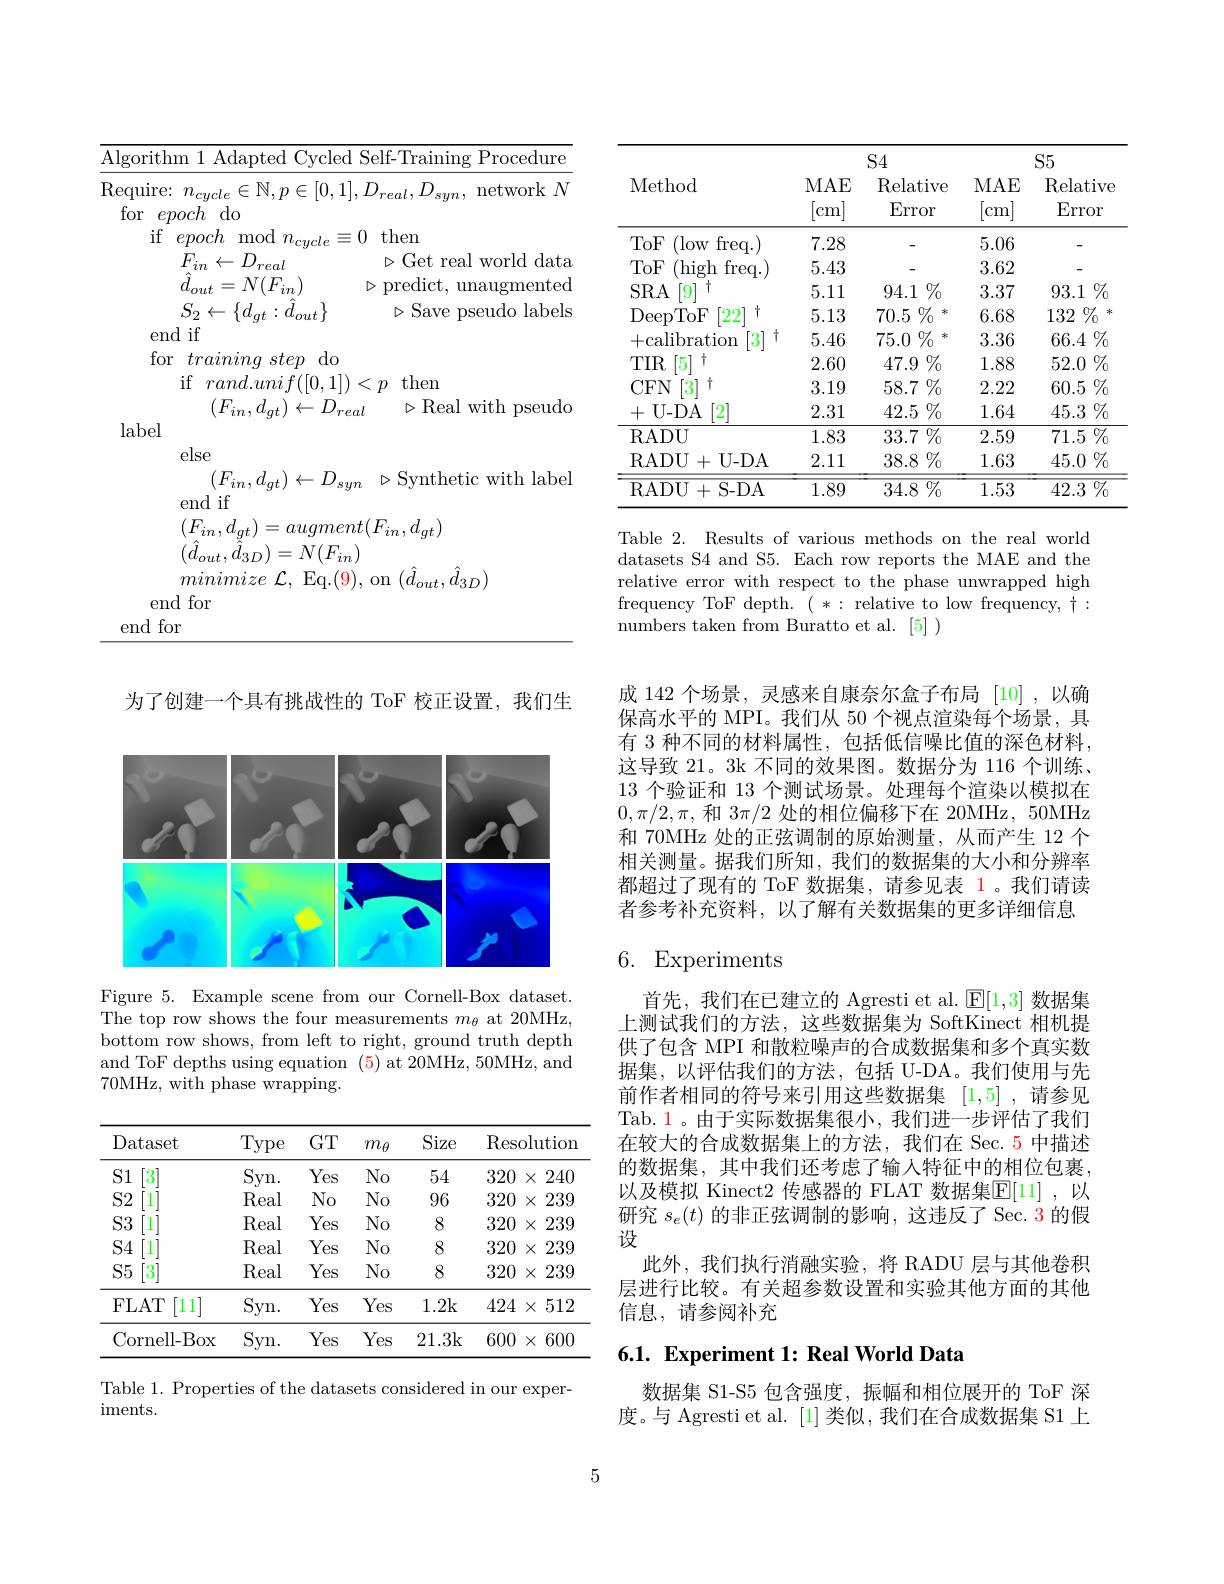
<table>
	<tbody>
		<tr>
			<th rowspan="2">Method</th>
			<th colspan="2">$S4$</th>
			<th colspan="2">$S5$</th>
		</tr>
		<tr>
			<th>MAE $\begin{bmatrix}\mathrm{cm}\end{bmatrix}$</th>
			<th>$\operatorname{Relative}$ Error</th>
			<th>MAE [cm]</th>
			<th>$\operatorname{Relative}$ Error</th>
		</tr>
		<tr>
			<td>ToF (low freq. 1</td>
			<td>7.28</td>
			<td> </td>
			<td>5.06</td>
			<td>一</td>
		</tr>
		<tr>
			<td>ToF (high freq. </td>
			<td>5.43</td>
			<td> </td>
			<td>3.62</td>
			<td> </td>
		</tr>
		<tr>
			<td>SRA $[9^{\cdot}$</td>
			<td>5.11</td>
			<td>$94.1\%$</td>
			<td>3.37</td>
			<td>$93.1\%$</td>
		</tr>
		<tr>
			<td>Dee$p^{\prime }$. )ToF $[22^{\cdot}$ +</td>
			<td>5.13</td>
			<td>$70.5\%$ 未</td>
			<td>6.68</td>
			<td>$132\%$</td>
		</tr>
		<tr>
			<td>+calibration $\therefore\angle AC=\angle AC$</td>
			<td>5.46</td>
			<td>$75.0\%$ 未</td>
			<td>3.36</td>
			<td>$66.4\%$</td>
		</tr>
		<tr>
			<td>$TIR$ [5] 1</td>
			<td>2.60</td>
			<td>$47.9\%$</td>
			<td>1.88</td>
			<td>$52.0\%$</td>
		</tr>
		<tr>
			<td>CFN 3</td>
			<td>3.19</td>
			<td>$58.7\%$</td>
			<td>2.22</td>
			<td>$60.5\%$</td>
		</tr>
		<tr>
			<td>U- DA 2 十</td>
			<td>2.31</td>
			<td>$42.5\%$</td>
			<td>1.64</td>
			<td>$45.3\%$</td>
		</tr>
		<tr>
			<td>RADU</td>
			<td>1.83</td>
			<td>33.7 $\%$</td>
			<td>2.59</td>
			<td>$\overline{71.5\%}$</td>
		</tr>
		<tr>
			<td>RADU+ +U-DA</td>
			<td>2.11</td>
			<td>$38.8\%$</td>
			<td>1.63</td>
			<td>$45.0\%$</td>
		</tr>
		<tr>
			<td>RADU+S-DA</td>
			<td>1.89</td>
			<td>$\overline {34. 8}$ $\%$</td>
			<td>1.53</td>
			<td>42.3 $\%$</td>
		</tr>
	</tbody>
</table>

Table 2. Results of various methods on the real world datasets S4 and S5. Each row reports the MAE and the relative error with respect to the phase unwrapped high frequency ToF depth. (*: relative to low frequency, $\dagger:$ $\hat{\text{numbers taken from Buratto et al.}}[5])$

为了创建一个具有挑战性的 ToF 校正设置，我们生

<FigureHere>

Figure 5. Example scene from our Cornell-Box dataset. The top row shows the four measurements $m_\theta$ at 20MHz, bottom row shows, from left to right, ground truth depth and ToF depths using equation (5) at 20MHz, 50MHz, and 70MHz, with phase wrapping.

<table>
	<tbody>
		<tr>
			<th>Dataset</th>
			<th>Type</th>
			<th>$GT$</th>
			<th>$m_{\theta}$</th>
			<th>Size</th>
			<th>Res</th>
			<th>olution</th>
		</tr>
		<tr>
			<td>S1 $3^{\cdot}$</td>
			<td>Syn. </td>
			<td>Yes</td>
			<td>$No$</td>
			<td>54</td>
			<td>320</td>
			<td>240 $X$</td>
		</tr>
		<tr>
			<td>$S2$ 1</td>
			<td>Real</td>
			<td>$No$</td>
			<td>$No$</td>
			<td>96</td>
			<td>320</td>
			<td>239 $X$</td>
		</tr>
		<tr>
			<td>$S3$ 1</td>
			<td>Real</td>
			<td>Yes</td>
			<td>$No$</td>
			<td>8</td>
			<td>320</td>
			<td>239 $X$</td>
		</tr>
		<tr>
			<td>$S4$ 1</td>
			<td>Real</td>
			<td>Yes</td>
			<td>$No$</td>
			<td>8</td>
			<td>320</td>
			<td>239 $X$</td>
		</tr>
		<tr>
			<td>$S5$ $3^{\cdot}$</td>
			<td>Real</td>
			<td>Yes</td>
			<td>$No$</td>
			<td>8</td>
			<td>320</td>
			<td>239 $X$</td>
		</tr>
		<tr>
			<td>FLAT [11]</td>
			<td>Syn.</td>
			<td>Yes</td>
			<td>Yes</td>
			<td>1.2k</td>
			<td>424</td>
			<td>512 $X$</td>
		</tr>
		<tr>
			<td>Cornell-Box</td>
			<td>Syn. </td>
			<td>Yes</td>
			<td>Yes</td>
			<td>21.3k</td>
			<td>600</td>
			<td>600 $X$</td>
		</tr>
	</tbody>
</table>

Table 1. Properties of the datasets considered in our exper-
iments.

成 142 个场景，灵感来自康奈尔盒子布局[10] ,以确保高水平的 MPI。我们从 50 个视点渲染每个场景，具有 3 种不同的材料属性，包括低信噪比值的深色材料， 这导致 21。3k 不同的效果图。数据分为 116 个训练、 13 个验证和 13 个测试场景。处理每个渲染以模拟在$0,\pi/2,\pi$,和$3\pi/2$处的相位偏移下在 20MHz, 50MHz 和 70MHz 处的正弦调制的原始测量，从而产生 12 个相关测量。据我们所知，我们的数据集的大小和分辨率都超过了现有的 ToF 数据集，请参见表 1。我们请读者参考补充资料，以了解有关数据集的更多详细信息

# 6. Experiments

首先，我们在已建立的 Agresti et al. $\mathbb{E}[1,3]$数据集上测试我们的方法，这些数据集为 SoftKinect 相机提供了包含 MPI 和散粒噪声的合成数据集和多个真实数据集，以评估我们的方法，包括 U-DA。我们使用与先前作者相同的符号来引用这些数据集[1,5] ,请参见Tab. 1。由于实际数据集很小，我们进一步评估了我们在较大的合成数据集上的方法，我们在 Sec. 5 中描述的数据集，其中我们还考虑了输入特征中的相位包裹， 以及模拟 Kinect2 传感器的 FLAT 数据集$\overline{\mathbb{E}}[11]$ ,以研究$s_e(t)$的非正弦调制的影响，这违反了 Sec.3 的假设
此外，我们执行消融实验，将 RADU 层与其他卷积层进行比较。有关超参数设置和实验其他方面的其他信息，请参阅补充

# 6.1. Experiment 1: Real World Data

数据集 S1-S5 包含强度，振幅和相位展开的 ToF 深度。与 Agresti et al. [1] 类似，我们在合成数据集 S1 上

5